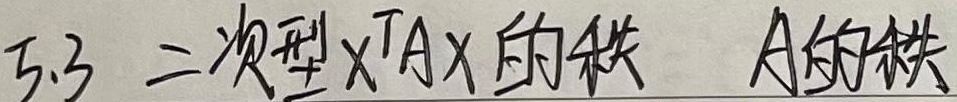
5.3 二次型\(x^{T}Ax\)的秩 \(A\)的秩